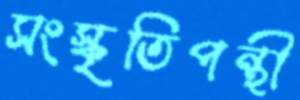
সংস্কৃতিপন্থী